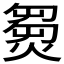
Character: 𤌽